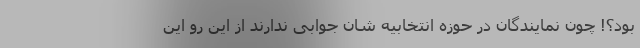
بود؟! چون نمایندگان در حوزه انتخابیه شان جوابی ندارند از این رو این